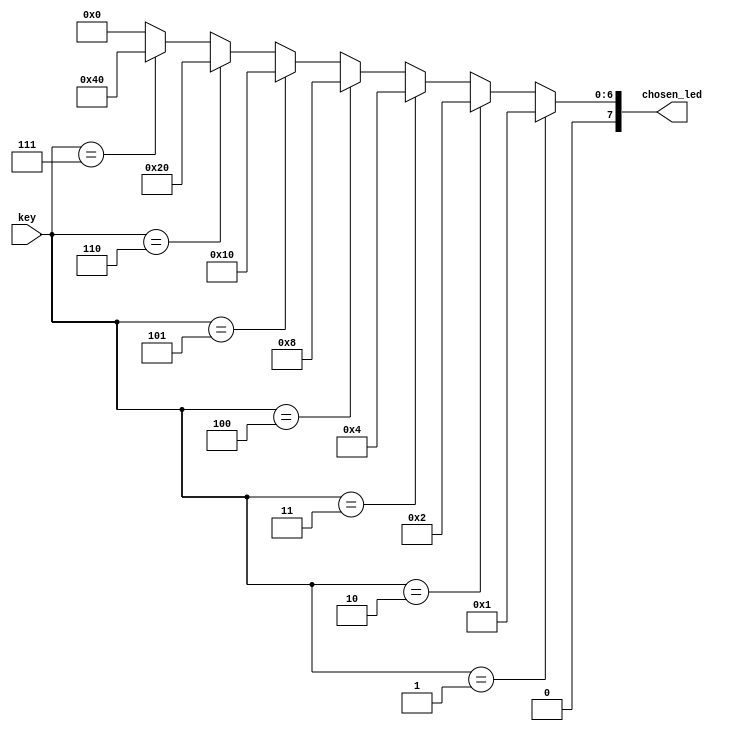
`timescale 1ns / 1ps
//////////////////////////////////////////////////////////////////////////////////
// Company: 
// Engineer: 
// 
// Design Name: 
// Module Name: led_encode
// Project Name: 
// Target Devices: 
// Tool Versions: 
// Description: 
// 
// Dependencies: 
// 
// Revision:
// Revision 0.01 - File Created
// Additional Comments:
// 
//////////////////////////////////////////////////////////////////////////////////


module led_encode(
input [2:0]key,
output [7:0]chosen_led
    );
reg [7:0] temp;
always @(*) begin  
        if (key ==3'b001) temp  = 8'b00000001;
        else if (key ==3'b010) temp  = 8'b00000010;
        else if (key== 3'b011) temp  = 8'b00000100;
        else if (key== 3'b100) temp  = 8'b00001000;
        else if (key== 3'b101) temp  = 8'b00010000;
        else if (key== 3'b110) temp  = 8'b00100000;
        else if (key == 3'b111) temp = 8'b01000000;
        else temp = 8'b00000000;
end  
assign chosen_led = temp;


endmodule